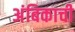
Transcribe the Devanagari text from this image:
अंबिकाची